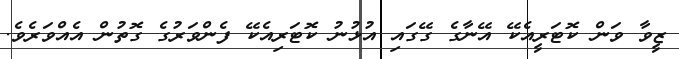
ޒީވާ ވަން ކޮޓަރީއެކޭ އޭނާގެ ގޭގައި އުޅުނު ކޮޓަރިއެކޭ ފެންވަރުގެ ގޮތުން އެއްވަރެވެ.